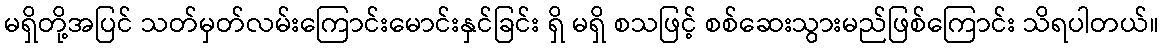
မရှိတို့အပြင် သတ်မှတ်လမ်းကြောင်းမောင်းနှင်ခြင်း ရှိ မရှိ စသဖြင့် စစ်ဆေးသွားမည်ဖြစ်ကြောင်း သိရပါတယ်။